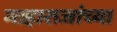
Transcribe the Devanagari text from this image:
माहाराजांच्या